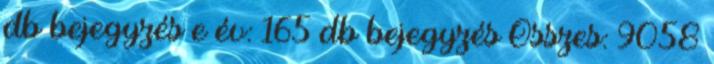
db bejegyzés e év: 165 db bejegyzés Összes: 9058